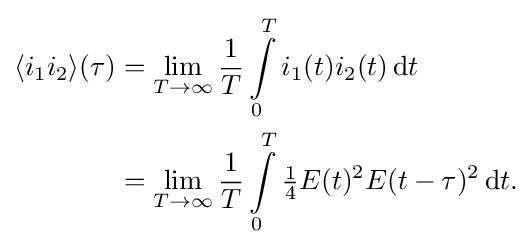
{\begin{aligned}\langle i_{1}i_{2}\rangle (\tau )&=\lim _{T\to \infty }{\frac {1}{T}}\int \limits _{0}^{T}i_{1}(t)i_{2}(t)\,\mathrm {d} t\\&=\lim _{T\to \infty }{\frac {1}{T}}\int \limits _{0}^{T}{\tfrac {1}{4}}E(t)^{2}E(t-\tau )^{2}\,\mathrm {d} t.\end{aligned}}